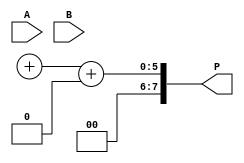
module low_power_wallace_tree_multiplier #(parameter N = 4) (
    input [N-1:0] A,
    input [N-1:0] B,
    output reg [2*N-1:0] P
);

// Partial Product Generation
wire [N-1:0] pp [0:N-1]; // Partial products
genvar i, j;
generate
    for (i = 0; i < N; i = i + 1) begin : pp_gen
        for (j = 0; j < N; j = j + 1) begin : pp_row
            assign pp[i][j] = A[i] & B[j];
        end
    end
endgenerate

// Wallace Tree Reduction
wire [N-1:0] sum [0:N-1]; // Sums
wire [N-1:0] carry [0:N-1]; // Carries

// Stage 1: Combine partial products using half and full adders
generate
    for (i = 0; i < N-1; i = i + 1) begin : reduction_stage
        if (i % 3 == 0) begin
            // Use full adders for groups of three
            assign {carry[i], sum[i]} = pp[i] + pp[i+1] + pp[i+2];
        end else if (i % 3 == 1) begin
            // Use half adders for pairs
            assign {carry[i], sum[i]} = pp[i] + pp[i+1];
        end else begin
            // Directly assign remaining
            assign sum[i] = pp[i];
            assign carry[i] = 0;
        end
    end
endgenerate

// Final Addition using Carry-Propagate Adder (CPA)
wire [2*N-1:0] final_sum;
wire [2*N-1:0] final_carry;

assign {final_carry, final_sum} = {1'b0, sum[N-1]} + {1'b0, carry[N-1]};

// Output the final product
always @(*) begin
    P = final_sum + final_carry;
end

endmodule